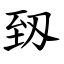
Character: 䑒